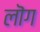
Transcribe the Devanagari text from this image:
लॊग